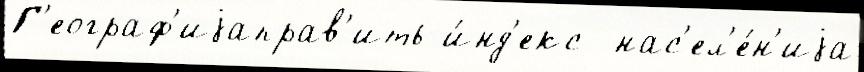
Г'еограф'иjаправ'ить и́нд'екс  нас'ел'е́н'иjа